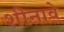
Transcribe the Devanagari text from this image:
शीनावे